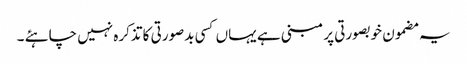
یہ مضمون خوبصورتی پر مبنی ہے یہاں کسی بدصورتی کا تذکرہ نہیں چاہئے ۔